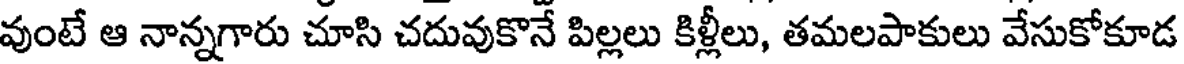
వుంటే ఆ నాన్నగారు చూసి చదువుకొనే పిల్లలు కిళ్లీలు, తమలపాకులు వేసుకోకూడ